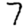
Digit: 7